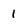
Character: 1